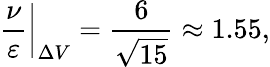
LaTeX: \left.\frac\nu\varepsilon\right\vert_{\Delta V}=\frac{6}{\sqrt{15}}\approx 1.55,